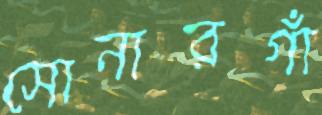
সোনারগাঁ